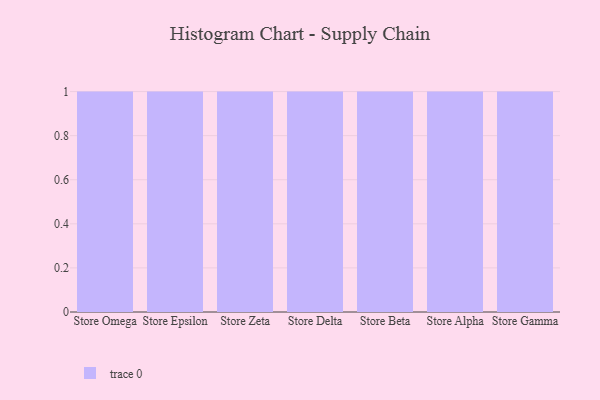
{"axis": {"x": "Store", "y": "Conversion Rate (%)"}, "legend": [""], "data": [{"x": "Store Omega", "y": 88, "type": ""}, {"x": "Store Epsilon", "y": 68, "type": ""}, {"x": "Store Zeta", "y": 32, "type": ""}, {"x": "Store Delta", "y": 14, "type": ""}, {"x": "Store Beta", "y": 7, "type": ""}, {"x": "Store Alpha", "y": 75, "type": ""}, {"x": "Store Gamma", "y": 6, "type": ""}]}